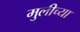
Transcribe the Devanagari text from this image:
मुलीच्‍या